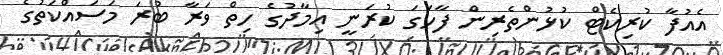
އެއުފާ ކުރިކެޓް ކުޅުންތެރިން ފާހަގަ ކުރަނީ އިމާދުގެ ހިތް ވަރާ ބުރަ މަސައްކަތުގެ